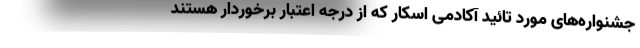
جشنواره‌های مورد تائید آکادمی اسکار که از درجه اعتبار برخوردار هستند